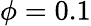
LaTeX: \phi=0.1